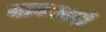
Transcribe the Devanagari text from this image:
दाबस्तरों